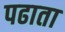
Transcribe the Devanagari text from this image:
पढाता